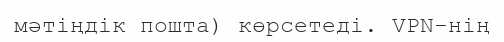
мәтіңдік пошта) көрсетеді. VPN-нің